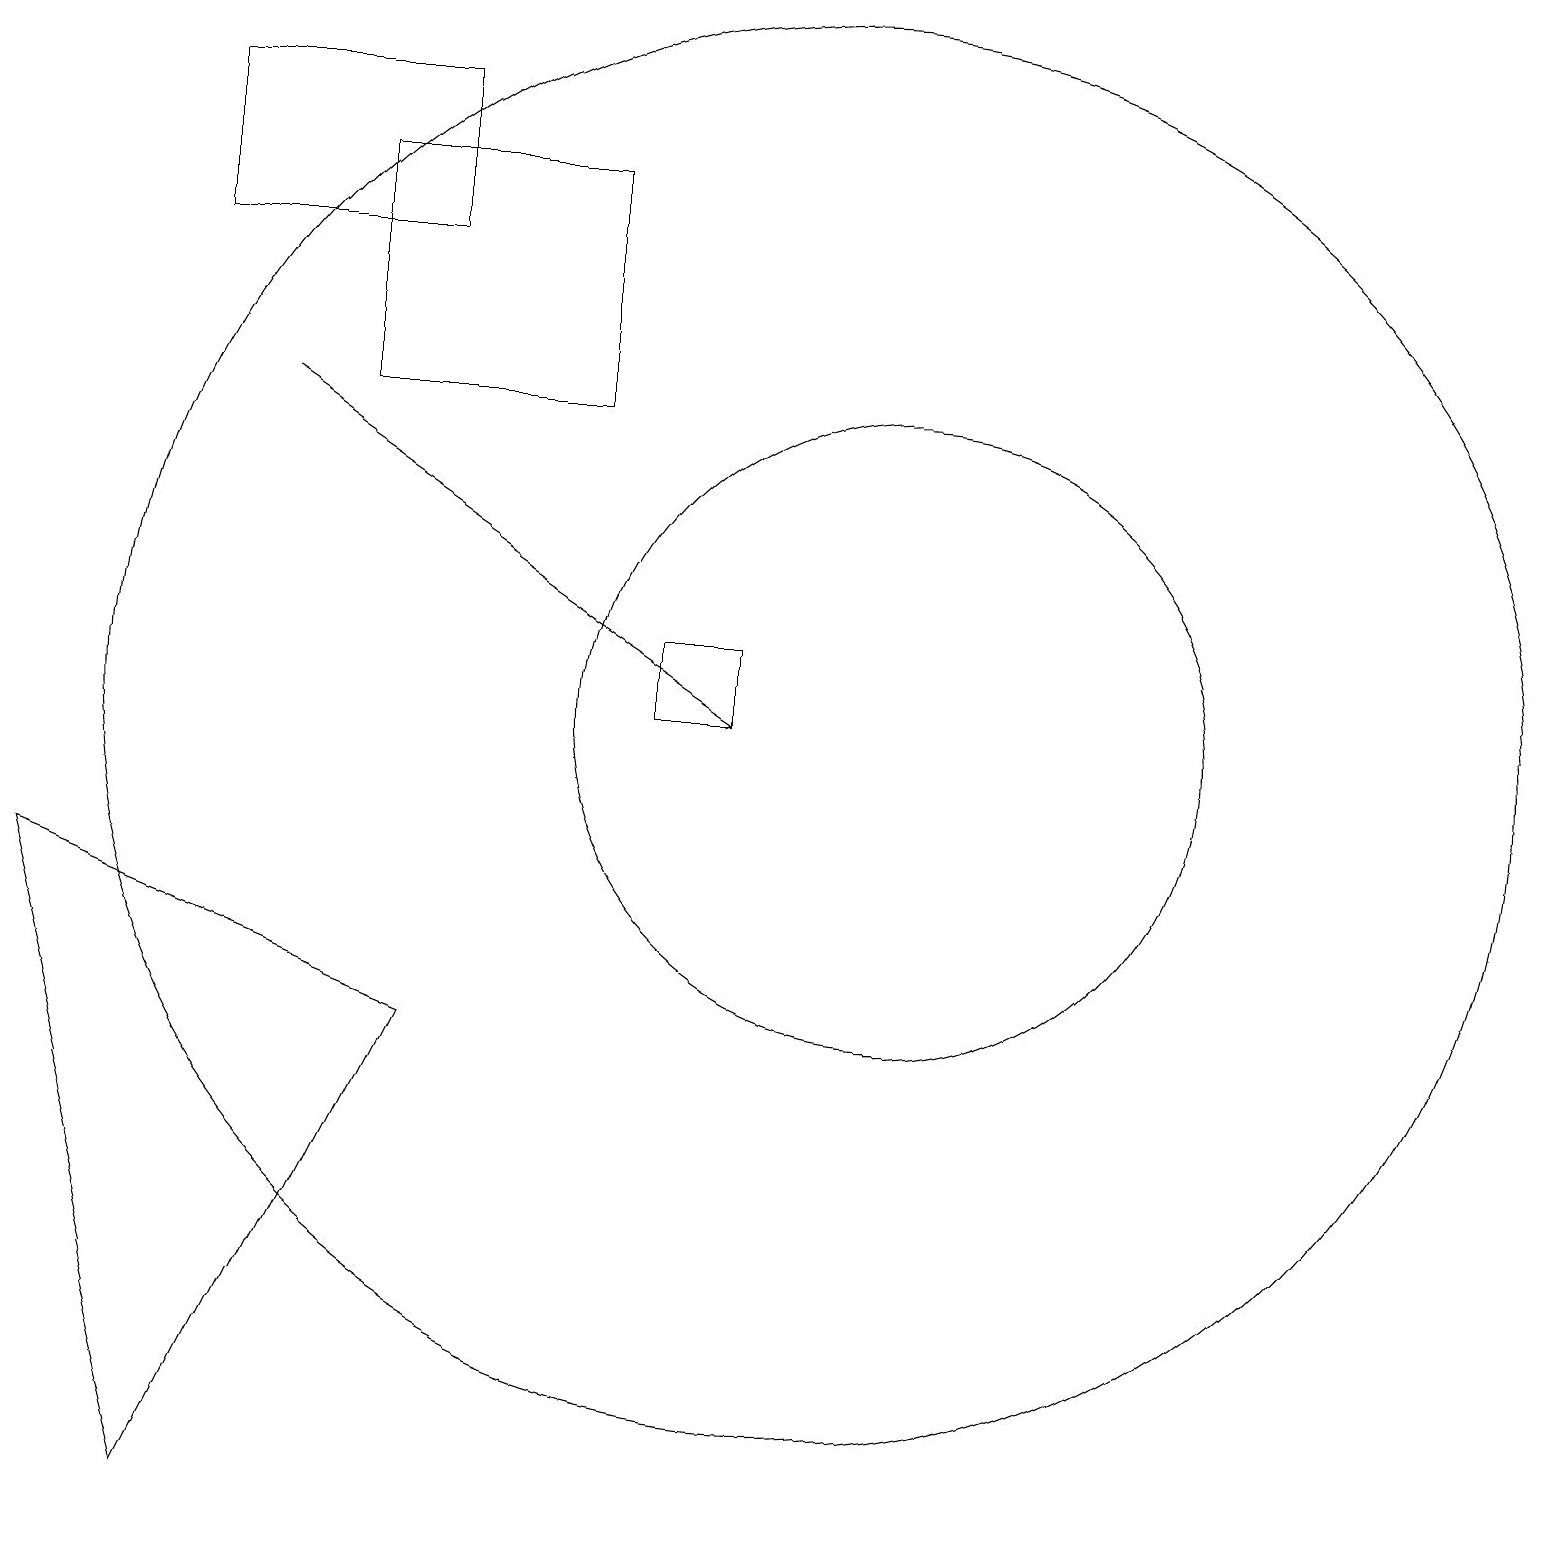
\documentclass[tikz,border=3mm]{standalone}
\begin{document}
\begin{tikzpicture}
\draw (11,10) circle (4);
\draw (2,16) rectangle (5,18);
\draw (9,11) rectangle (8,10);
\draw (2,0) -- (5,6) -- (0,8) -- cycle;
\draw (10,11) circle (0);
\draw[->] (3,14) -- (9,10);
\draw (4,17) rectangle (7,14);
\draw (10,10) circle (9);
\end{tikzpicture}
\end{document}